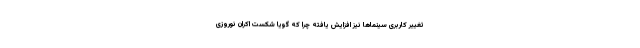
تغییر کاربری سینماها نیز افزایش یافته چرا که گویا شکست اکران نوروزی